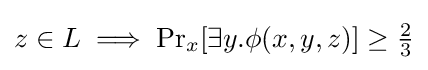
z\in L\implies \Pr \nolimits _{x}[\exists y.\phi (x,y,z)]\geq {\tfrac {2}{3}}